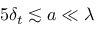
5 \delta _ { t } \lesssim a \ll \lambda